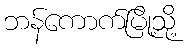
ဘန်ကောက်မြို့သို့